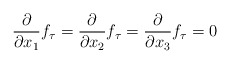
\begin{align*}\frac{\partial}{\partial x_1}f_\tau =\frac{\partial}{\partial x_2}f_\tau=\frac{\partial}{\partial x_3}f_\tau=0\end{align*}